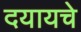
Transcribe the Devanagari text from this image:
दयायचे